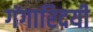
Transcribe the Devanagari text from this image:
गंगारिदयी